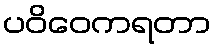
ပဝိဝေကရတာ